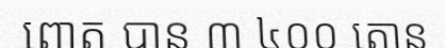
ពោត បាន ៣ ៤០០ តោន